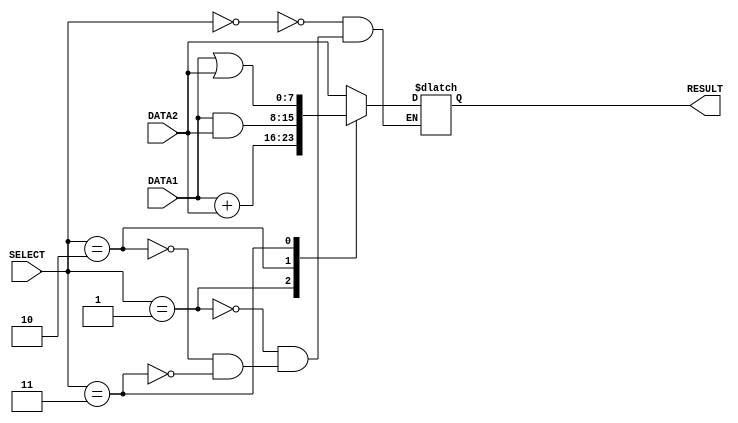

module alu(DATA1, DATA2, RESULT, SELECT); //alu module

   input [7:0] DATA1, DATA2;             //declaring multiple bits inputs
   input [2:0] SELECT;
   output reg [7:0] RESULT;             //declaring output

   always @ (DATA1, DATA2, SELECT)      //when DATA values or SELECT values are changed then this should be run again(sensitive inputs for always block)

    begin
      case (SELECT)                                        //selecting the operation and making the result according to it
          3'b000 : #1 RESULT = DATA2;                        //FORWARD function when SELECT = 000
          3'b001 : #2 RESULT = DATA1 + DATA2;                //ADD function when SELECT = 001
          3'b010 : #1 RESULT = DATA1 & DATA2;                //bitwise AND function when SELECT = 010
          3'b011 : #1 RESULT = DATA1 | DATA2;                //bitwise OR funtion when SELECT = 011
          default: $display("This combination is preserved for future use, previous values will be printed.");       //for preserved combinations of SELECT for future use
      endcase
    end 
    



endmodule